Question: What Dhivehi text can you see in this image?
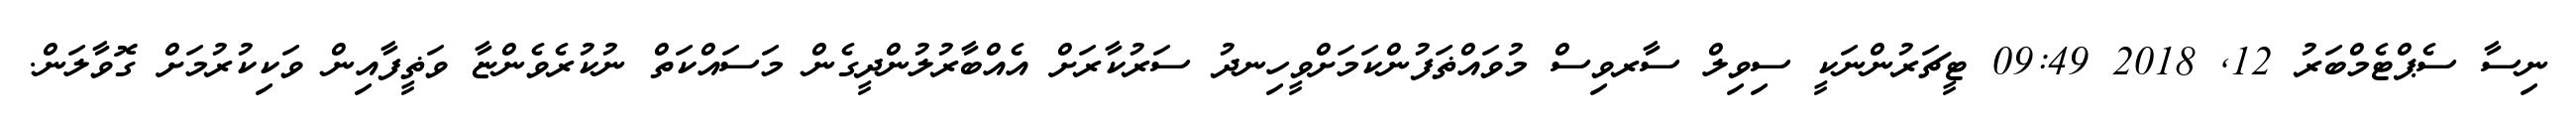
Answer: ނިސާ ސެޕްޓެމްބަރު 12, 2018 09:49 ޓީޗަރުންނަކީ ސިވިލް ސާރވިސް މުވައްޡަފުންކަމަށްވީހިނދު ސަރުކާރަށް އެއްބާރުލުންދީގެން މަސައްކަތް ނުކުރެވެންޏާ ވަޡީފާއިން ވަކިކުރުމަށް ގޮވާލަން.